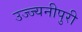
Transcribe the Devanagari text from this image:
उज्ज्यनीपुरी